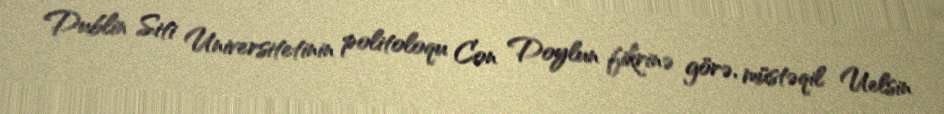
Dublin Siti Universitetinin politoloqu Con Doylun fikrinə görə, müstəqil Uelsin